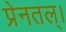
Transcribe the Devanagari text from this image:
प्रेनतल्।